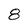
Character: 8